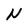
Character: N